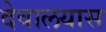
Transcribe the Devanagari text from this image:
देवालयास